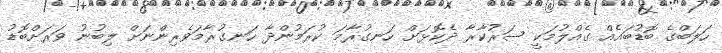
ހަލަބްގެ ބޮޑުބައެއް ގެއްލުމަކީ ސަރުކާރާ ދެކޮޅަށް ހަނގުރާމަ ކުރަމުންދާ ހަނގުރާމަވެރިންނަށް ލިބުނު ވަރަށްބޮޑު